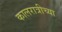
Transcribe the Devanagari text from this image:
कालरात्रीच्या